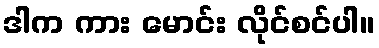
ဒါက ကား မောင်း လိုင်စင်ပါ။